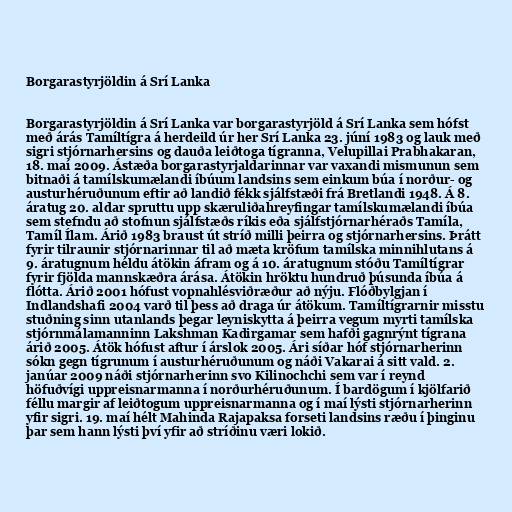
Borgarastyrjöldin á Srí Lanka

Borgarastyrjöldin á Srí Lanka var borgarastyrjöld á Srí Lanka sem hófst
með árás Tamíltígra á herdeild úr her Srí Lanka 23. júní 1983 og lauk með
sigri stjórnarhersins og dauða leiðtoga tígranna, Velupillai Prabhakaran,
18. maí 2009. Ástæða borgarastyrjaldarinnar var vaxandi mismunun sem
bitnaði á tamílskumælandi íbúum landsins sem einkum búa í norður- og
austurhéruðunum eftir að landið fékk sjálfstæði frá Bretlandi 1948. Á 8.
áratug 20. aldar spruttu upp skæruliðahreyfingar tamílskumælandi íbúa
sem stefndu að stofnun sjálfstæðs ríkis eða sjálfstjórnarhéraðs Tamíla,
Tamíl Ílam. Árið 1983 braust út stríð milli þeirra og stjórnarhersins. Þrátt
fyrir tilraunir stjórnarinnar til að mæta kröfum tamílska minnihlutans á
9. áratugnum héldu átökin áfram og á 10. áratugnum stóðu Tamíltígrar
fyrir fjölda mannskæðra árása. Átökin hröktu hundruð þúsunda íbúa á
flótta. Árið 2001 hófust vopnahlésviðræður að nýju. Flóðbylgjan í
Indlandshafi 2004 varð til þess að draga úr átökum. Tamíltígrarnir misstu
stuðning sinn utanlands þegar leyniskytta á þeirra vegum myrti tamílska
stjórnmálamanninn Lakshman Kadirgamar sem hafði gagnrýnt tígrana
árið 2005. Átök hófust aftur í árslok 2005. Ári síðar hóf stjórnarherinn
sókn gegn tígrunum í austurhéruðunum og náði Vakarai á sitt vald. 2.
janúar 2009 náði stjórnarherinn svo Kilinochchi sem var í reynd
höfuðvígi uppreisnarmanna í norðurhéruðunum. Í bardögum í kjölfarið
féllu margir af leiðtogum uppreisnarmanna og í maí lýsti stjórnarherinn
yfir sigri. 19. maí hélt Mahinda Rajapaksa forseti landsins ræðu í þinginu
þar sem hann lýsti því yfir að stríðinu væri lokið.